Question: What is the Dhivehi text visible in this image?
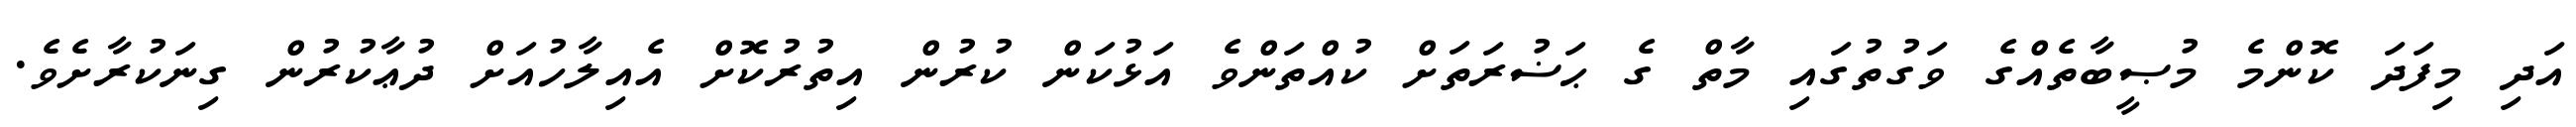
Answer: އަދި މިފަދަ ކޮންމެ މުޞީބާތެއްގެ ވަގުތުގައި މާތް ގެ ޙަޟުރަތަށް ކުއްތަންވެ އަޅުކަން ކުރުން އިތުރުކޮށް އެއިލާހުއަށް ދުޢާކުރުން ގިނަކުރާށެވެ.